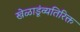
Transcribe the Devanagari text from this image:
खेळाडूंव्यतिरिक्त